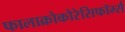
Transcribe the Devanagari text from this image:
फालाक्रोकोरेसिफॉर्म्स